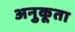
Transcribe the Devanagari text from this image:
अनुकूता